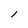
Character: l